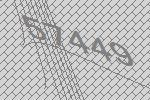
57449